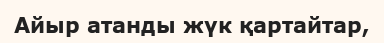
Айыр атанды жүк қартайтар,